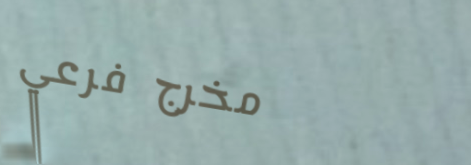
مخرج فرعي